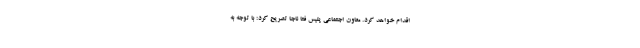
اقدام خواهد کرد. معاون اجتماعی پلیس فتا ناجا تصریح کرد: با توجه به